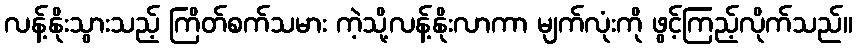
လန့်နိုးသွားသည့် ကြိတ်စက်သမား ကဲ့သို့လန့်နိုးလာကာ မျက်လုံးကို ဖွင့်ကြည့်လိုက်သည်။